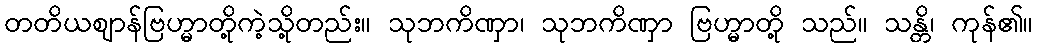
တတိယဈာန်ဗြဟ္မာတို့ကဲ့သို့တည်း။ သုဘကိဏှာ၊ သုဘကိဏှာ ဗြဟ္မာတို့ သည်။ သန္တိ၊ ကုန်၏။